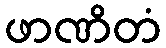
ဖာဏိတံ